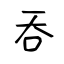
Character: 吞